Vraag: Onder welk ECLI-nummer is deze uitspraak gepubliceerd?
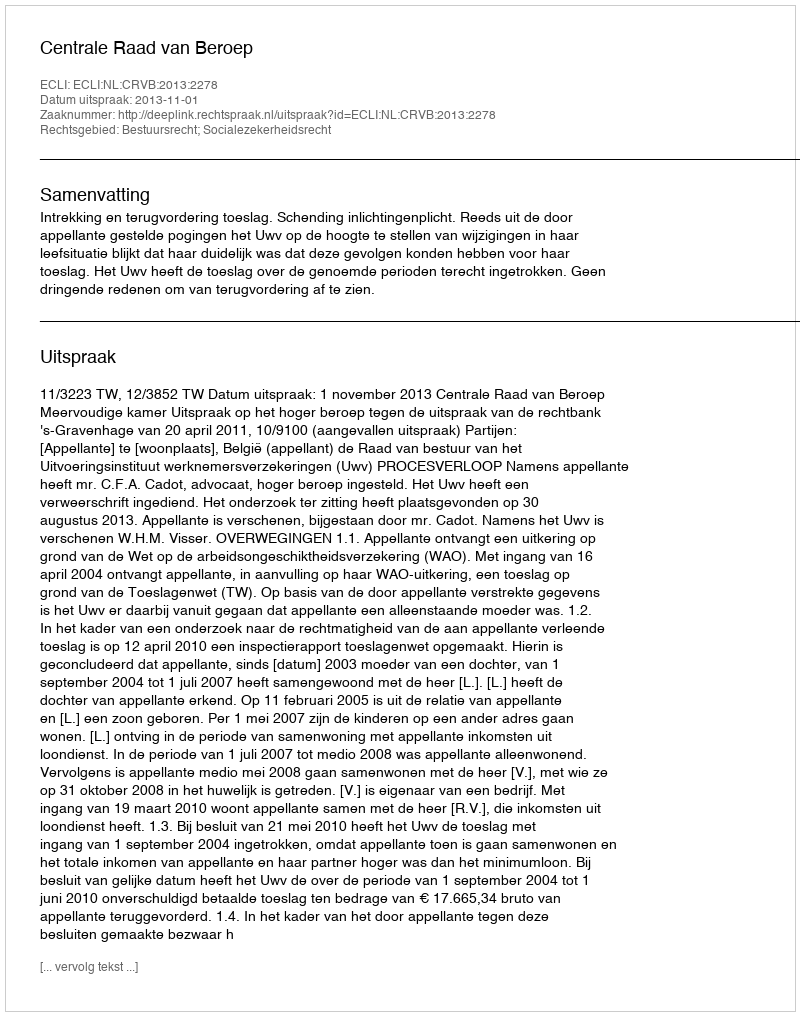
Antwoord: ECLI:NL:CRVB:2013:2278